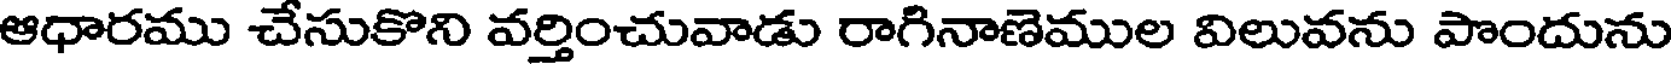
ఆధారము చేసుకొని వర్తించువాడు రాగినాణెముల విలువను పొందును